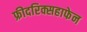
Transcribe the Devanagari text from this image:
फ्रीदरिक्सहाफेन